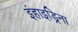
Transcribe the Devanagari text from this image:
इंहाइड्रिना